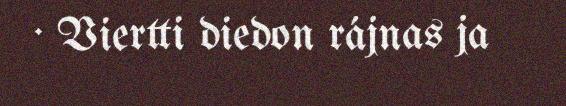
· Viertti diedon rájnas ja